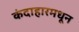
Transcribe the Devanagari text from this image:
कंदाहारमधून